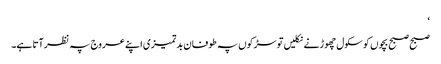
‘
صبح صبح بچوں کو سکول چھوڑنے نکلیں تو سڑکوں پہ طوفان بدتمیزی اپنے عروج پہ نظر آتا ہے۔